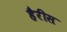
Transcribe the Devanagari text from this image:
हैरीस